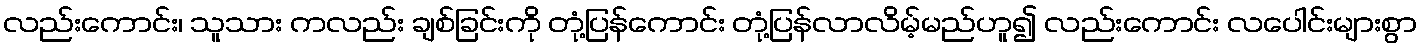
လည်းကောင်း၊ သူသား ကလည်း ချစ်ခြင်းကို တုံ့ပြန်ကောင်း တုံ့ပြန်လာလိမ့်မည်ဟူ၍ လည်းကောင်း လပေါင်းများစွာ